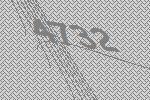
4732